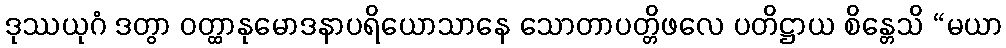
ဒုဿယုဂံ ဒတွာ ဝတ္ထာနုမောဒနာပရိယောသာနေ သောတာပတ္တိဖလေ ပတိဋ္ဌာယ စိန္တေသိ “မယာ